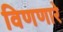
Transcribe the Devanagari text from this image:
विणणारे